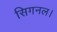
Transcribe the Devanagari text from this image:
सिगनल।